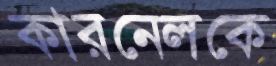
কারনেলকে